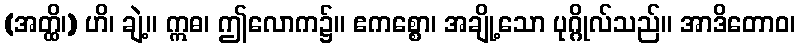
(အတ္ထိ၊) ဟိ၊ ချဲ့။ ဣဓ၊ ဤလောက၌။ ဧကစ္စော၊ အချို့သော ပုဂ္ဂိုလ်သည်။ အာဒိတောဝ၊